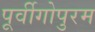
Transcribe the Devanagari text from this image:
पूर्वीगोपुरम